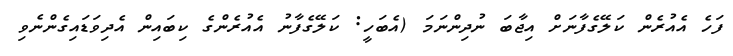
ފަހެ އެއުރެން ކަލޭގެފާނަށް އިޖާބަ ނުދިންނަމަ (އެބަހީ: ކަލޭގެފާނު އެއުރެންގެ ކިބައިން އެދިވަޑައިގެންނެވި